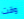
وقت